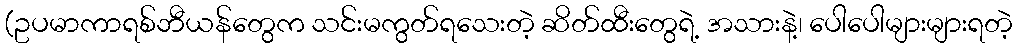
(ဥပမာကာရစ်ဘီယန်တွေက သင်းမကွတ်ရသေးတဲ့ ဆိတ်ထီးတွေရဲ့ အသားနဲ့၊ ပေါပေါများများရတဲ့